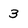
Character: 3